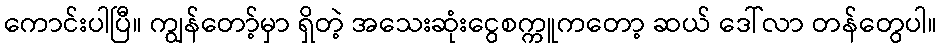
ကောင်းပါပြီ။ ကျွန်တော့်မှာ ရှိတဲ့ အသေးဆုံးငွေစက္ကူကတော့ ဆယ် ဒေါ်လာ တန်တွေပါ။